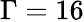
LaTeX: \Gamma=16